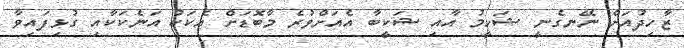
ޒާހިދުއަށް ނޭނގެނީ ޝަހީމު އާއި ޝަކީބާ އެއަށްވުރެ މާބޮޑަށް އެކަކު އަނެކަކާއި ގުޅިފައިވާ